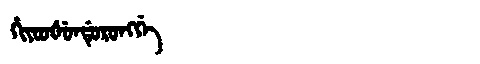
Manchu: ᡥᡳᠶᠣᠣᡧᡠᠨᡩᡠᡵᠣᠩᡤᡝ
Romanization: HIYOOŠUNDURONGGE